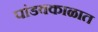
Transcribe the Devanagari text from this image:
पांडवकाळात